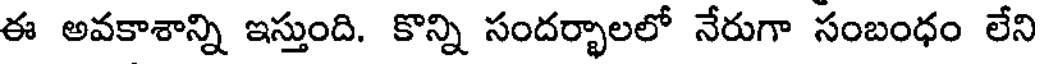
ఈ అవకాశాన్ని ఇస్తుంది. కొన్ని సందర్భాలలో నేరుగా సంబంధం లేని